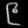
Digit: ၉